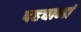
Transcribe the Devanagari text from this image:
पहचानां